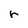
Character: r